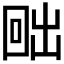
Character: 𭍨